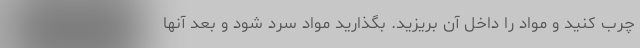
چرب کنید و مواد را داخل آن بریزید. بگذارید مواد سرد شود و بعد آنها